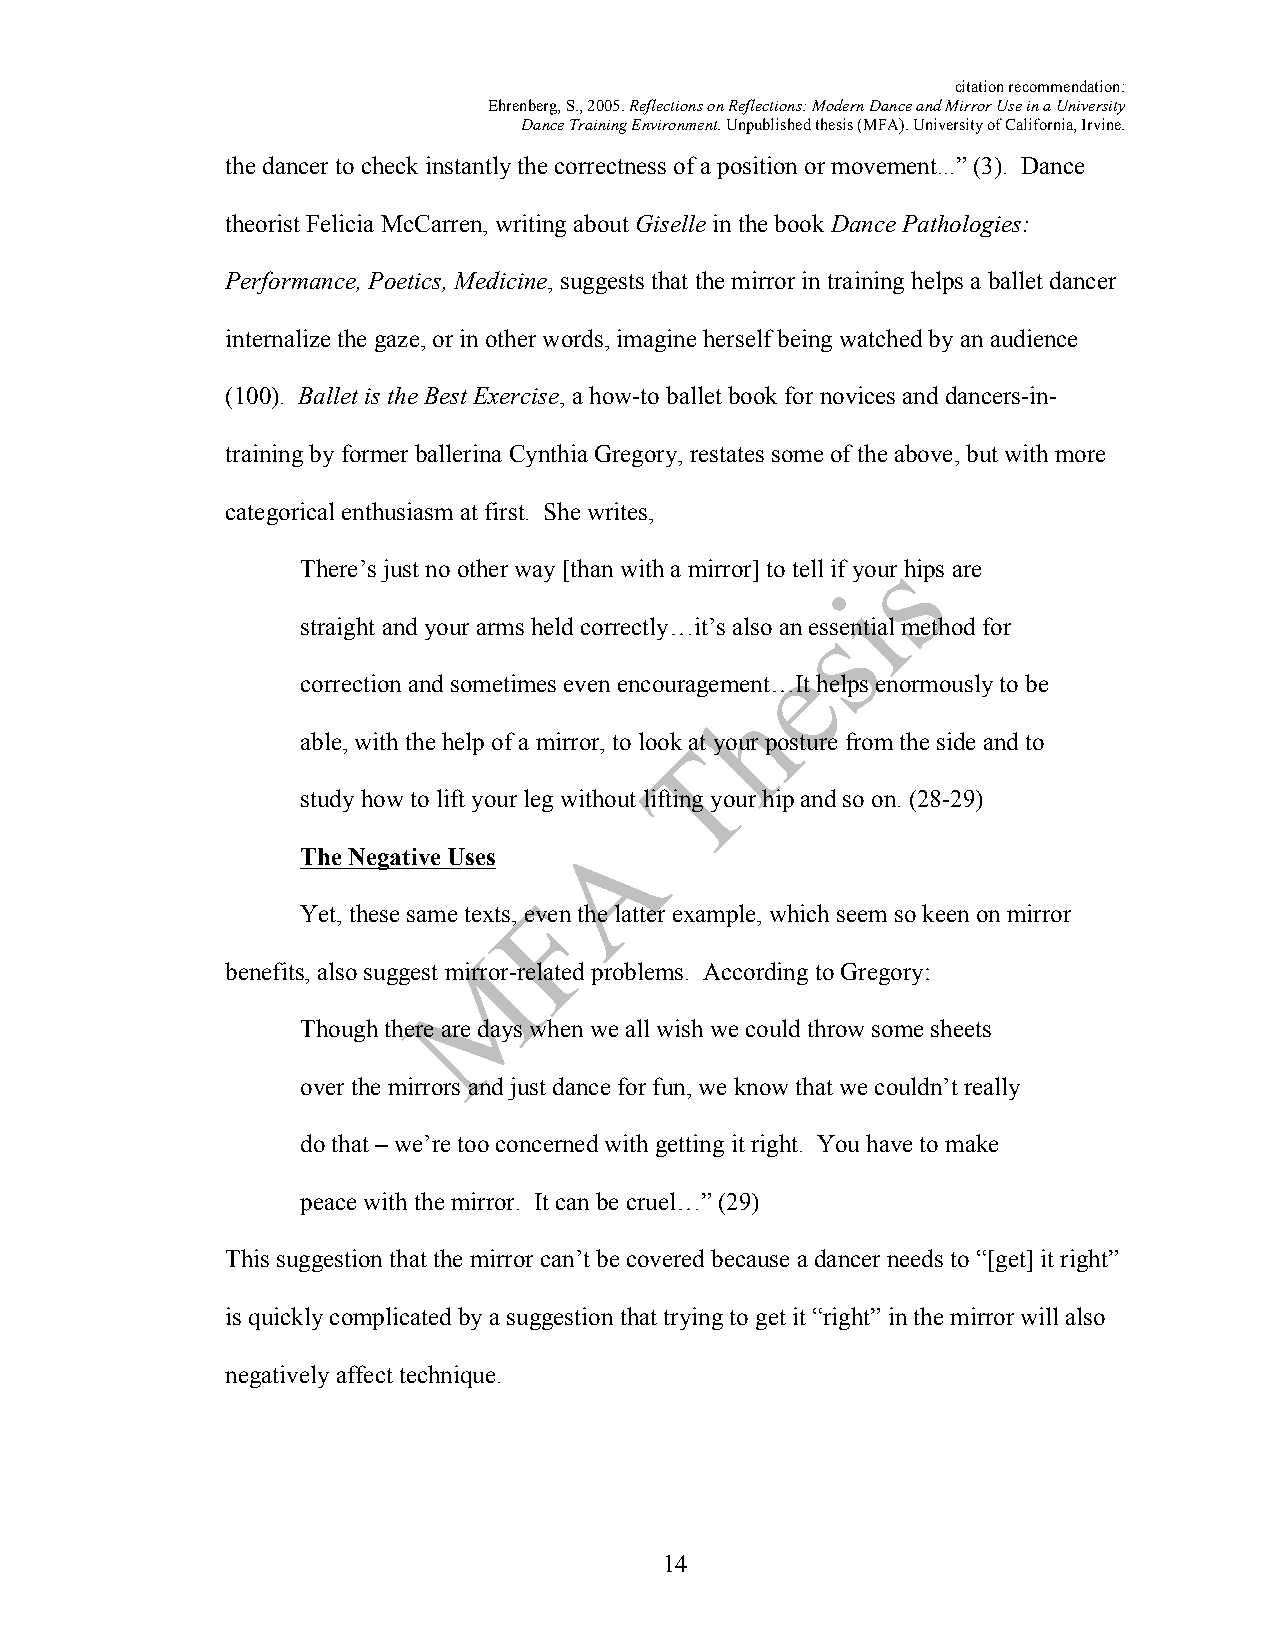
citation recommendation:
 Ehrenberg, S., 2005. Reflections on Reflections: Modern Dance and Mirror Use in a University
 Dance Training Environment. Unpublished thesis (MFA). University of California, Irvine.
 the dancer to check instantly the correctness of a position or movement...” (3). Dance
 theorist Felicia McCarren, writing about Giselle in the book Dance Pathologies:
 Performance, Poetics, Medicine, suggests that the mirror in training helps a ballet dancer
 internalize the gaze, or in other words, imagine herself being watched by an audience
 (100). Ballet is the Best Exercise, a how-to ballet book for novices and dancers-in-
 training by former ballerina Cynthia Gregory, restates some of the above, but with more
 categorical enthusiasm at first. She writes,
 There’s just no other way [than with a mirror] to tell if your hips are
 straight and your arms held correctly…it’s also an essential method for
 correction and sometimes even encouragement…It helps enormously to be
 able, with the help of a mirror, to look at your posture from the side and to
 study how to lift your leg without lifting your hip and so on. (28-29)
 The Negative Uses
 Yet, these same texts, even the latter example, which seem so keen on mirror
 benefits, also suggest mirror-related problems. According to Gregory:
 Though there are days when we all wish we could throw some sheets
 over the mirrors and just dance for fun, we know that we couldn’t really
 do that – we’re too concerned with getting it right. You have to make
 peace with the mirror. It can be cruel…” (29)
 This suggestion that the mirror can’t be covered because a dancer needs to “[get] it right”
 is quickly complicated by a suggestion that trying to get it “right” in the mirror will also
 negatively affect technique.
 14